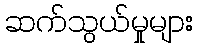
ဆက်သွယ်မှုများ